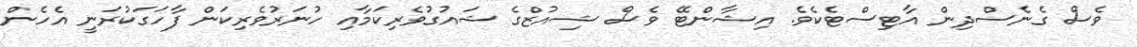
ވެސް ގެނެސްދިން އާޓިސްޓެކެވެ. އިޝާންޓޭ ވެސް ޝިއުޒްގެ ޝައުގުވެރިކަމާއި ހުނަރުވެރިކަން ފާހަގަކުރަނީ އެހެން